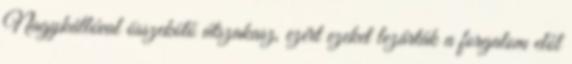
Nagykállóval összekötő útszakasz, ezért ezeket lezárták a forgalom elől